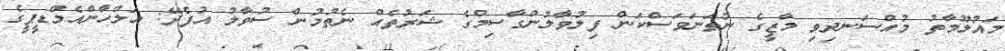
މައުލޫމާތު މުއްސަނދިވި މާޒީގެ ނުތަނަވަސްކަން ފިލުވާލުންގާސިމްގެ ޝަރުތެއް ނެތުމުން ސުވާލު އުފެދޭ: އަލްހާންއެމްޑީޕީގެ